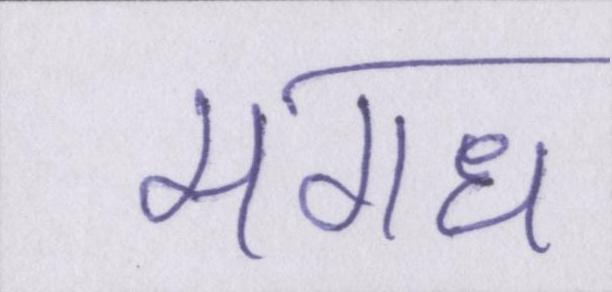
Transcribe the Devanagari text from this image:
मगध